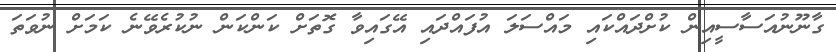
ގާނޫނުއަސާސީއިން ކުށްދައްކައި މައްސަލަ އުފައްދައި އޭގައިވާ ގޮތަށް ކަންކަން ނުކުރެވޭނެ ކަމަށް ނުވަތަ